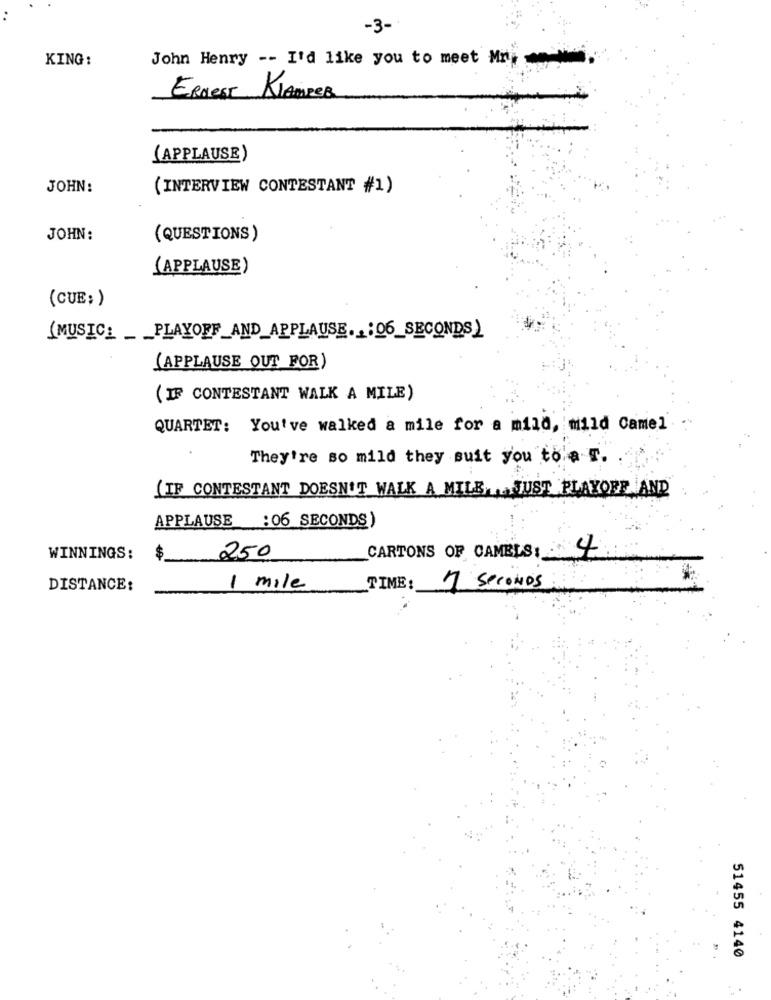
-3-
KING :
John Henry -- I'd like you to meet Mr
Ernest KlAmpeB
(APPLAUSE)
JOHN:
(INTERVIEW CONTESTANT #1)
JOHN:
(QUESTIONS)
(APPLAUSE)
(CUE;)
( MUSIC_ __ PLAYOFF_AND_APPLAUSE ..: 06_SECONDS)
(APPLAUSE OUT FOR)
( IF CONTESTANT WALK A MILE)
QUARTET: You've walked a mile for a mild, mild Camel
They're so mild they suit you tola r.
(IF CONTESTANT DOESN'T WALK A MILE JUST PLAYOFF AND
APPLAUSE :06 SECONDS)
CARTONS OF CAMELS: 4
WINNINGS:
$
250
DISTANCE:
1 mile
TIME:
17 Seconds
51455 4140